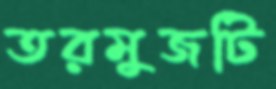
তরমুজটি